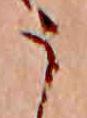
う